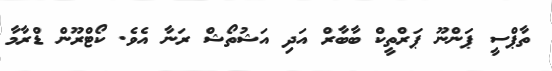
ތާޕްސީ ޕަންނޫ ޕަރްތީކް ބާބާރް އަދި އަޝުތޯޝް ރަނާ އެވެ. ކޯޓްރޫން ޑްރާމާ